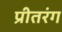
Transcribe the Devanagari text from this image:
प्रीतरंग